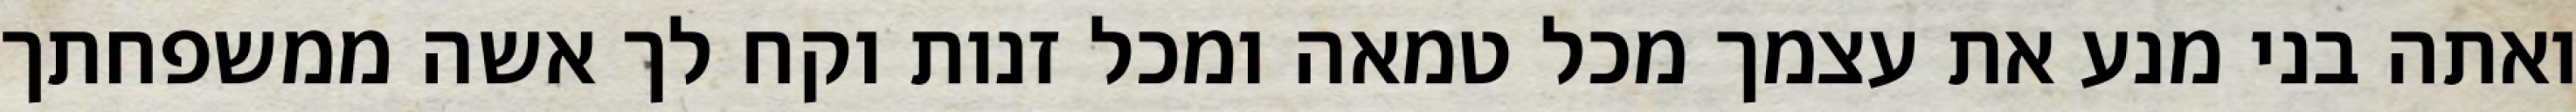
ואתה בני מנע את עצמך מכל טמאה ומכל זנות וקח לך אשה ממשפחתך